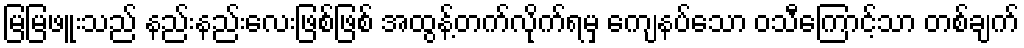
မြမြဖူးသည် နည်းနည်းလေးဖြစ်ဖြစ် အထွန့်တက်လိုက်ရမှ ကျေနပ်သော ဝသီကြောင့်သာ တစ်ချက်